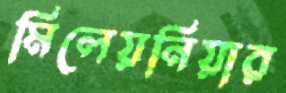
মিলেয়নিয়ার